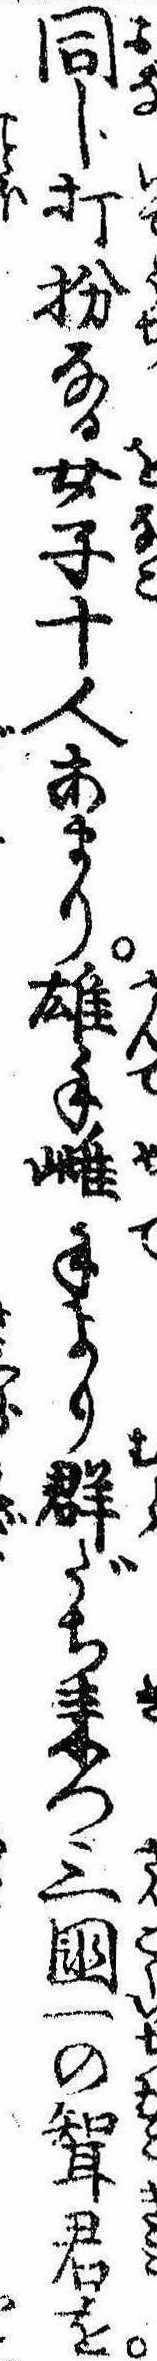
同じ打扮なる女子十人あまり雄手雌手より群だち来つ三国一の婿君を